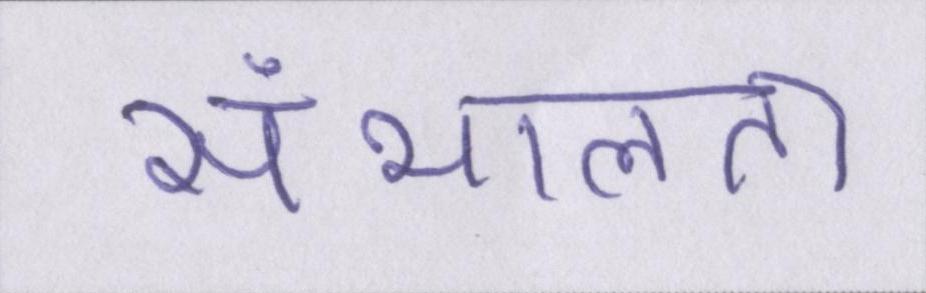
संभालता